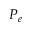
P _ { e }